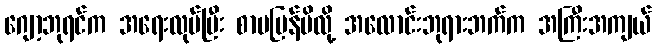
ဂျော့ဘုရင်က အရေးလုပ်ပြီး စာမပြန်မိလို့ အလောင်းဘုရားဘက်က အကြီးအကျယ်